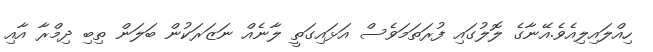
ހިއްލައިލިއެވެ.އޭނާގެ ލޮލުގައި ފުރަތަމަވެސް އަޅައިގަތީ ލާނެއް ނަޒަރަކުން ބަލަން ތިބި ދިމްރާ އާއި